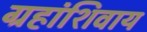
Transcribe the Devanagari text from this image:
ग्रहांशिवाय